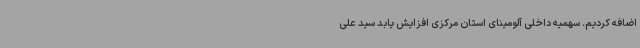
اضافه کردیم. سهمیه داخلی آلومینای استان مرکزی افزایش یابد سید علی